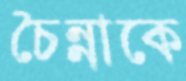
চৈন্নাকে